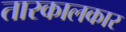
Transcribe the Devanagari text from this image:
तारकालकार